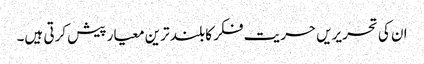
ان کی تحریریں حریت فکر کا بلند ترین معیار پیش کرتی ہیں۔